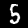
Digit: 5